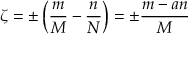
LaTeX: \zeta = \pm \left( \frac { m } { M } - \frac { n } { N } \right) = \pm \frac { m - a n } { M }